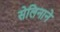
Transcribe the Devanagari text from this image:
सेलिनाने